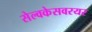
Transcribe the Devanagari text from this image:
सेल्वकेसवरयर